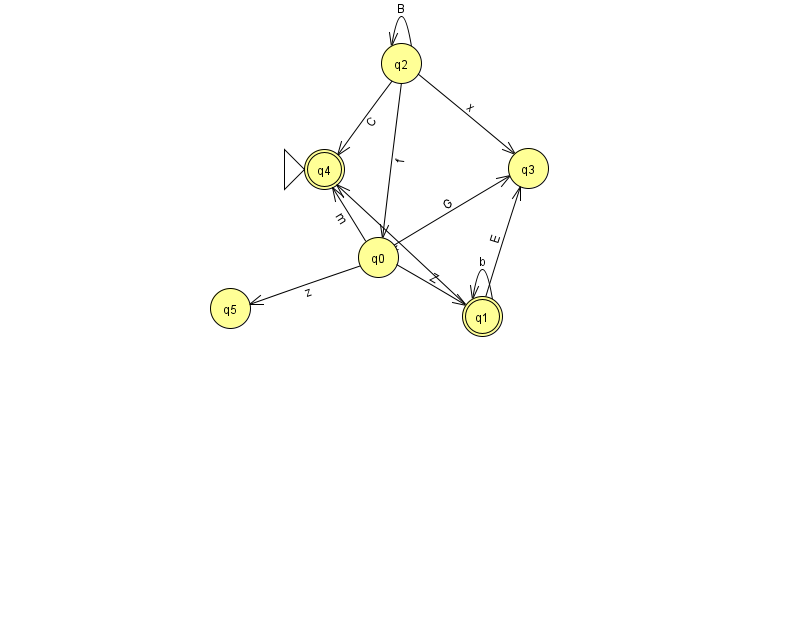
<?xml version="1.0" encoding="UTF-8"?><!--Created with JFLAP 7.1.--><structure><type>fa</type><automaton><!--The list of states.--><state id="0" name="q0"><x>378.0</x><y>244.0</y></state><state id="1" name="q1"><x>482.0</x><y>303.0</y><final/></state><state id="2" name="q2"><x>401.0</x><y>50.0</y></state><state id="3" name="q3"><x>528.0</x><y>155.0</y></state><state id="4" name="q4"><x>324.0</x><y>156.0</y><initial/><final/></state><state id="5" name="q5"><x>230.0</x><y>295.0</y></state><!--The list of transitions.--><transition><from>0</from><to>1</to><read>Z</read></transition><transition><from>2</from><to>0</to><read>f</read></transition><transition><from>1</from><to>4</to><read>k</read></transition><transition><from>1</from><to>1</to><read>b</read></transition><transition><from>2</from><to>2</to><read>B</read></transition><transition><from>0</from><to>5</to><read>z</read></transition><transition><from>2</from><to>4</to><read>C</read></transition><transition><from>0</from><to>3</to><read>G</read></transition><transition><from>0</from><to>4</to><read>m</read></transition><transition><from>2</from><to>3</to><read>x</read></transition><transition><from>1</from><to>3</to><read>E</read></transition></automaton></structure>